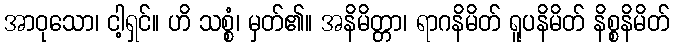
အာဝုသော၊ ငါ့ရှင်။ ဟိ သစ္စံ၊ မှတ်၏။ အနိမိတ္တာ၊ ရာဂနိမိတ် ရူပနိမိတ် နိစ္စနိမိတ်